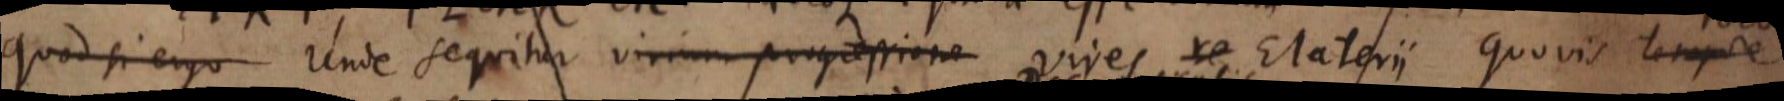
Quod si ergo Unde sequitur virium progressione vires re Elaterii quovis tempore